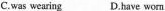
C.was wearing D.Have worn